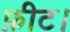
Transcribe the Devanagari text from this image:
फ़ीट।